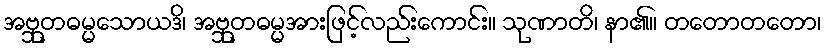
အဗ္ဘုတဓမ္မသောယဒိ၊ အဗ္ဘုတဓမ္မအားဖြင့်လည်းကောင်း။ သုဏာတိ၊ နာ၏။ တတောတတော၊